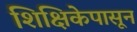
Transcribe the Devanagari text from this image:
शिक्षिकेपासून